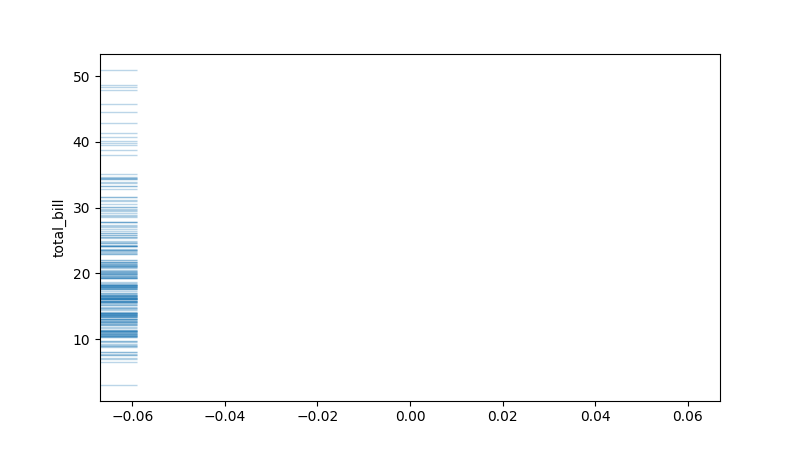
python, seaborn, rugplot, height=0.06, axis='y', alpha=0.3